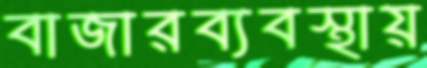
বাজারব্যবস্থায়